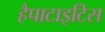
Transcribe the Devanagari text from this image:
हैपाटाइटिस